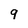
Character: 9